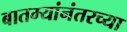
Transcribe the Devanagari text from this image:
बातम्यांनंतरच्या